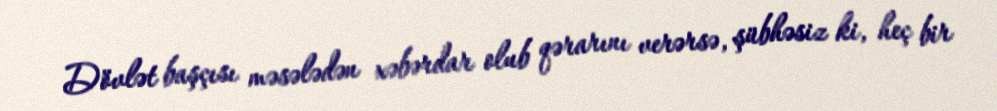
Dövlət başçısı məsələdən xəbərdar olub qərarını verərsə, şübhəsiz ki, heç bir